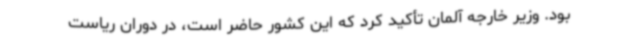
بود. وزیر خارجه آلمان تأکید کرد که این کشور حاضر است، در دوران ریاست